Vaccination in Burma 1900-1911 - 1900-1911
Year: 1900
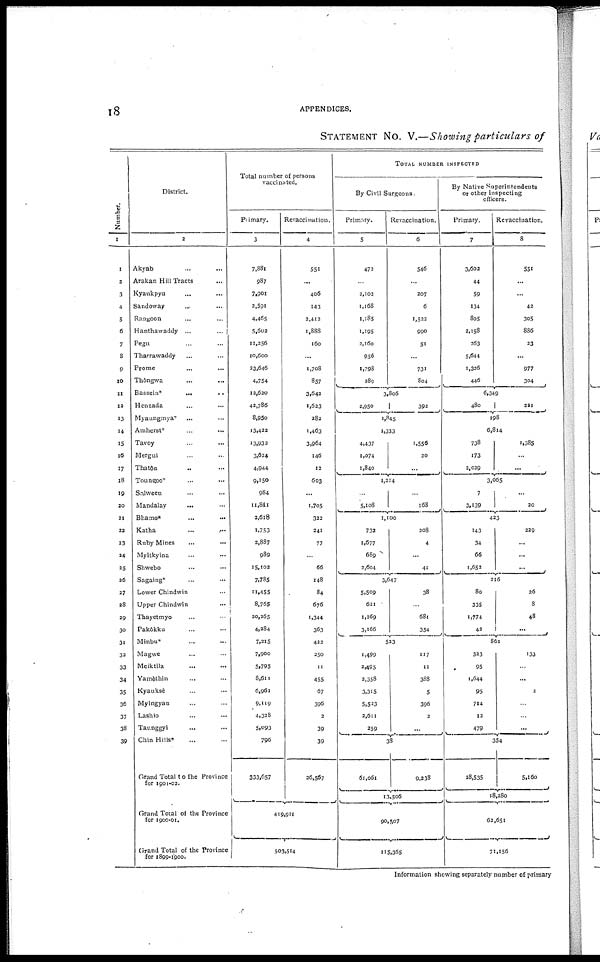
18
APPENDICES.
STATEMENT No. V.—Showing particulars of
Number,
1
1
2
3
4
5
6
7
8
9
10
11
12
13
14
15
16
17
18
19
20
21
22
23
24
25
26
27
28
29
30
31
32
33
34
35
36
37
38
39
District.
2
Akyab ... ...
Arakan Hill Tracts ...
Kyaukpyu ... ...
Sandoway
... ...
Rangoon ... ...
Hanthawaddy ...
...
Pegu ... ...
Tharrawaddy ... ...
Prome ... ...
Thôngwa ... ...
Bassein*
...
...
Henzada ... ...
Myaungmya* ... ...
Amherst*
...
...
Tavoy ... ...
Mergui ... ...
Thatôn ... ...
Toungoo* ... ...
Salween ... ...
Mandalay
...
...
Bhamo* ... ...
Katha
...
...
Ruby Mines ... ...
Myitkyina ... ...
Shwebo
...
...
Sagaing* ... ...
Lower Chindwin ...
Upper Chindwin ...
Thayetmyo ... ...
Pakôkku ... ...
Minbu* ... ...
Magwe ... ...
Meiktila ... ...
Yamèthin ... ...
Kyauksè ... ...
Myingyan ... ...
Lashio ... ...
Taunggyi ... ...
Chin Hills* ... ...
Grand Total to the Province
for 1901-02.
Grand Total of the Province
for 1900-01.
Grand Total of the Province
for 1899-1900.
Total number of persons
vaccinated.
Primary.
3
7,881
987
7,901
2,591
4,465
5,602
11,256
10,600
23,646
4,754
12,620
42,786
8,950
13,422
13,932
3,624
4,944
9,150
984
11,841
2,618
1,753
2,887
989
15,102
7,785
11,455
8,765
20,265
4,284
7,215
7,900
5,795
8,611
6,961
9,119
4,328
5,093
796
333,657
Revaccination.
4
551
...
406
143
2,412
1,888
160
...
1,708
857
3,642
1,623
282
1,463
3,964
146
12
603
...
1,705
322
241
77
...
66
148
84
676
1,344
363
422
250
11
455
67
396
2
39
39
26,567
419,911
503,514
TOTAL NUMBER INSPECTED
By Civil Surgeons.
Primary.
5
472
...
2,102
1,168
1,185
1,195
2,160
956
1,798
289
Revaccination.
6
546
...
207
6
1,522
990
51
...
731
804
3,806
2,950
392
1,845
1,333
4,437
1,074
1,840
1,556
20
...
1,214
...
5,108
...
168
1,100
732
1,677
689
2,604
208
4
...
41
3,647
5,509
621
1,269
3,166
38
...
680
354
523
1,499
2,495
2,358
3,315
5,523
2,611
259
117
11
388
5
396
2
...
38
61,061
9,238
13,506
90,507
115,365
By Native Superintendents
or other inspecting
officers.
Primary.
7
3,602
44
59
134
805
2,158
263
5,644
1,326
446
Revaccination.
8
551
...
42
305
886
23
...
977
304
6,349
480
221
198
6,814
738
173
2,029
1,385
...
...
3,065
7
3,139
...
20
423
143
34
66
1,652
229
...
...
...
216
80
335
1,774
42
26
8
48
...
861
323
95
1,644
95
714
12
479
133
...
...
2
...
...
...
354
28,535
5,160
18,280
62,651
71,156
Information showing separately number of primary